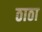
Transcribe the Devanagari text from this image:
ठाठा